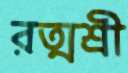
রত্মশ্রী